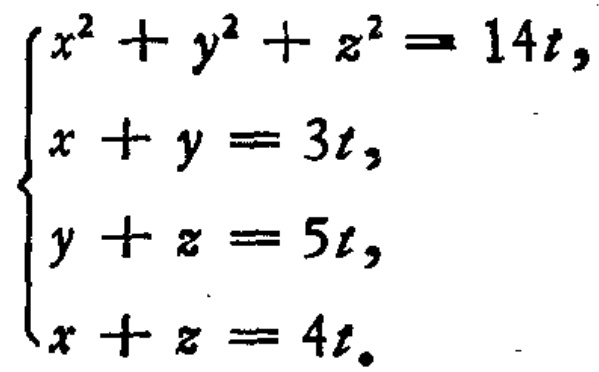
\(\begin{cases}
x^{2}+y^{2}+z^{2}=14t,\\
x + y = 3t,\\
y + z = 5t,\\
x + z = 4t.
\end{cases}\)